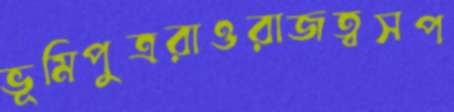
ভূমিপুত্ররাওরাজত্বসপ